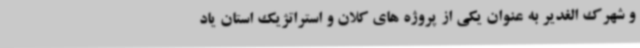
و شهرک الغدیر به عنوان یکی از پروژه های کلان و استراتژیک استان یاد